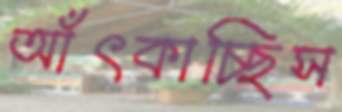
আঁৎকাচ্ছিস